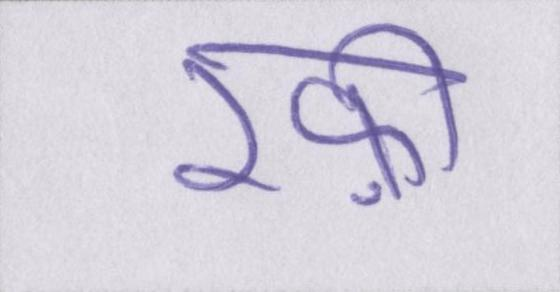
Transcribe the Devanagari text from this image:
रफ़ी